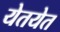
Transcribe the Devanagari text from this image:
येतयेत